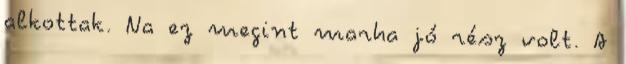
alkottak. Na ez megint marha jó rész volt. A